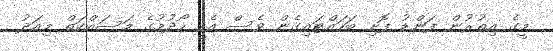
މީގެ އިތުރުން ފަންޑު ފޮށި ބަހައްޓައިގެން ވެސް އެހީ ހޯދުމުގެ މަސައްކަތް މިއަދު